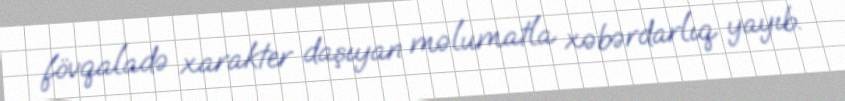
fövqaladə xarakter daşıyan məlumatla xəbərdarlıq yayıb.